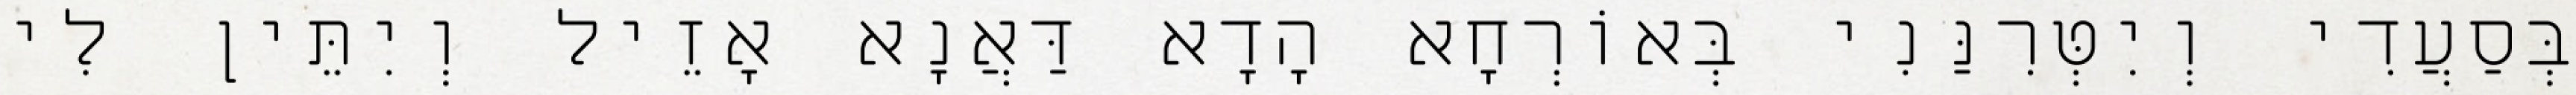
בְּסַעֲדִי וְיִטְּרִנַּנִי בְּאוֹרְחָא הָדָא דַּאֲנָא אָזֵיל וְיִתֵּין לִי